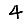
Digit: 4